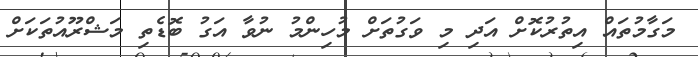
މަގާމުތައް އިތުރުކޮށް އަދި މި ވަގުތަށް މުހިންމު ނުވާ އަގު ބޮޑެތި މަޝްރޫއުތަކަށް